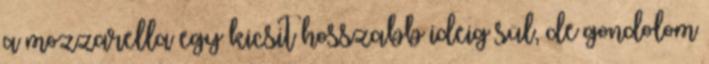
a mozzarella egy kicsit hosszabb ideig sül, de gondolom